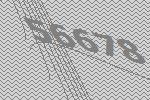
56678